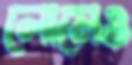
লোমেও